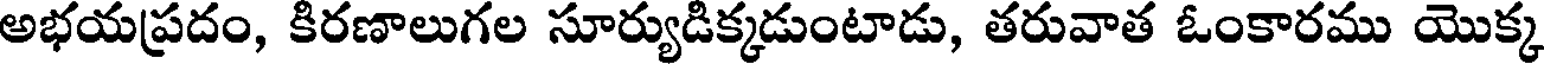
అభయప్రదం, కిరణాలుగల సూర్యుడిక్కడుంటాడు, తరువాత ఓంకారము యొక్క